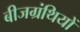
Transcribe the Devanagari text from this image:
बीजग्रंथियों